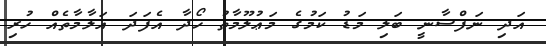
އަދި ނަފްސާނީ ބަލި މަޑު ކަމުގެ މަޢުލޫމާތު ހޯދާ އެފަދަ އަލާމާތެއް ހުރި